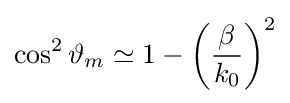
\cos ^{2}\vartheta _{m}\simeq 1-\left({\frac {\beta }{k_{0}}}\right)^{2}